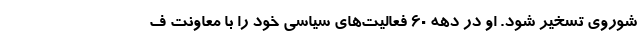
شوروی تسخیر شود. او در دهه ۶۰ فعالیت‌های سیاسی خود را با معاونت ف